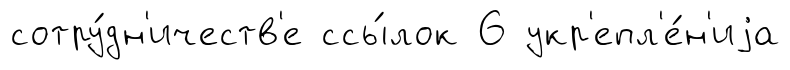
сотру́дн'ичеств'е ссы́лок 6 укр'епл'е́н'иjа